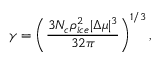
\gamma = \left( \frac { 3 N _ { c } \rho _ { i c e } ^ { 2 } | \Delta \mu | ^ { 3 } } { 3 2 \pi } \right) ^ { 1 / 3 } ,